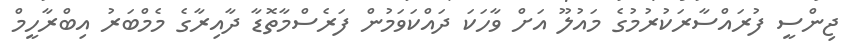
ޖިންސީ ފުރައްސާރަކުރުމުގެ މައުލޫ އަށް ވާހަކަ ދައްކަވަމުން ފަރެސްމާތޮޑާ ދާއިރާގެ މެމްބަރު އިބްރާހީމް